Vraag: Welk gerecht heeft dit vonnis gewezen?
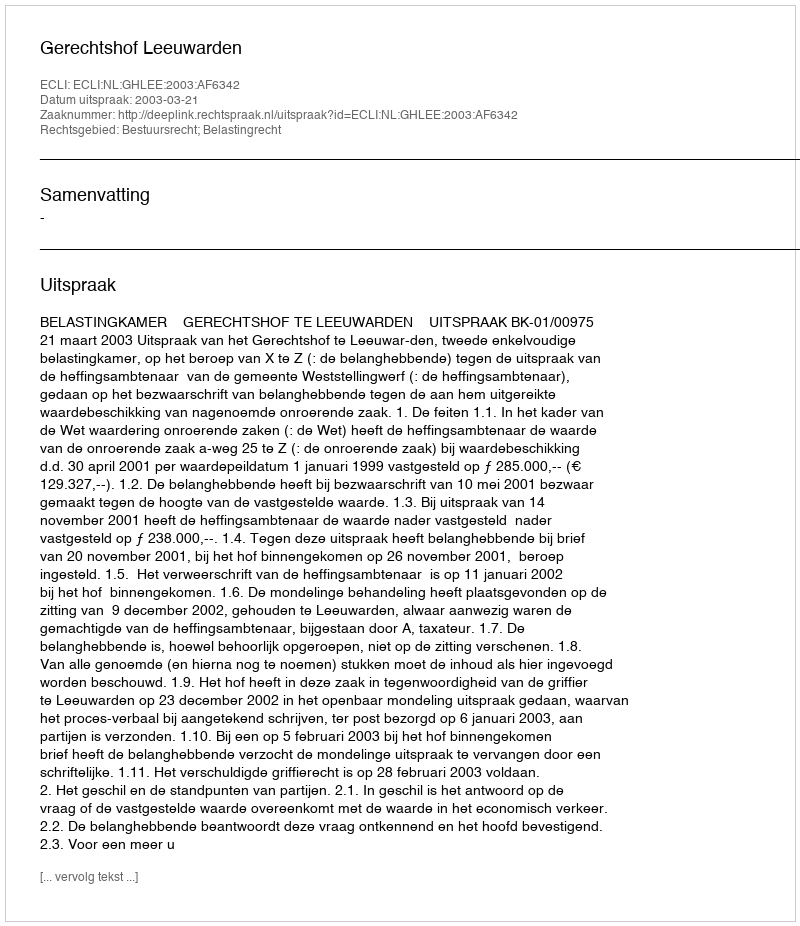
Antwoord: Gerechtshof Leeuwarden